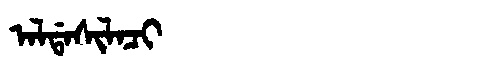
Manchu: ᠠᠯᡩᠠᠰᡳᠯᠠᠴᡳ
Romanization: ALDASILACI